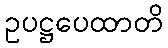
ဥပဋ္ဌပေထာတိ